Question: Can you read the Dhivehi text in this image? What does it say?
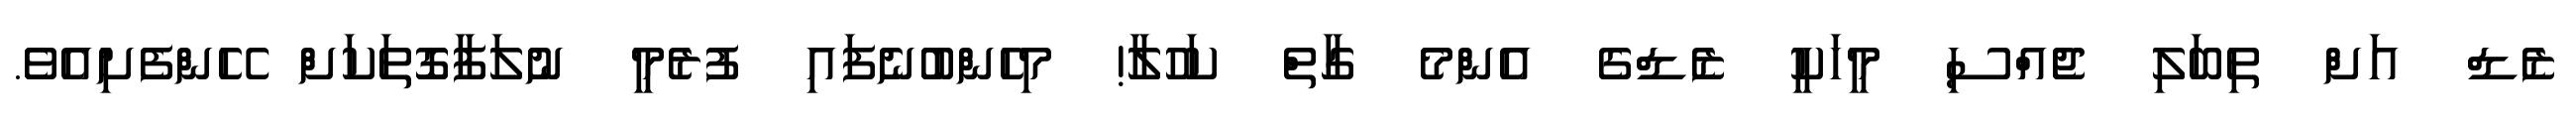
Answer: ޒެޑް އަށް ތިބަލި ޖެއްސި މީހަކީ ޒެޑްގެ އެންމެ ގާތް ކަހުލާ! މިހެންބުނެފައި ފުރެމީ ނުލަފާގޮތަކަށް ހޭންފެށިއެވެ.